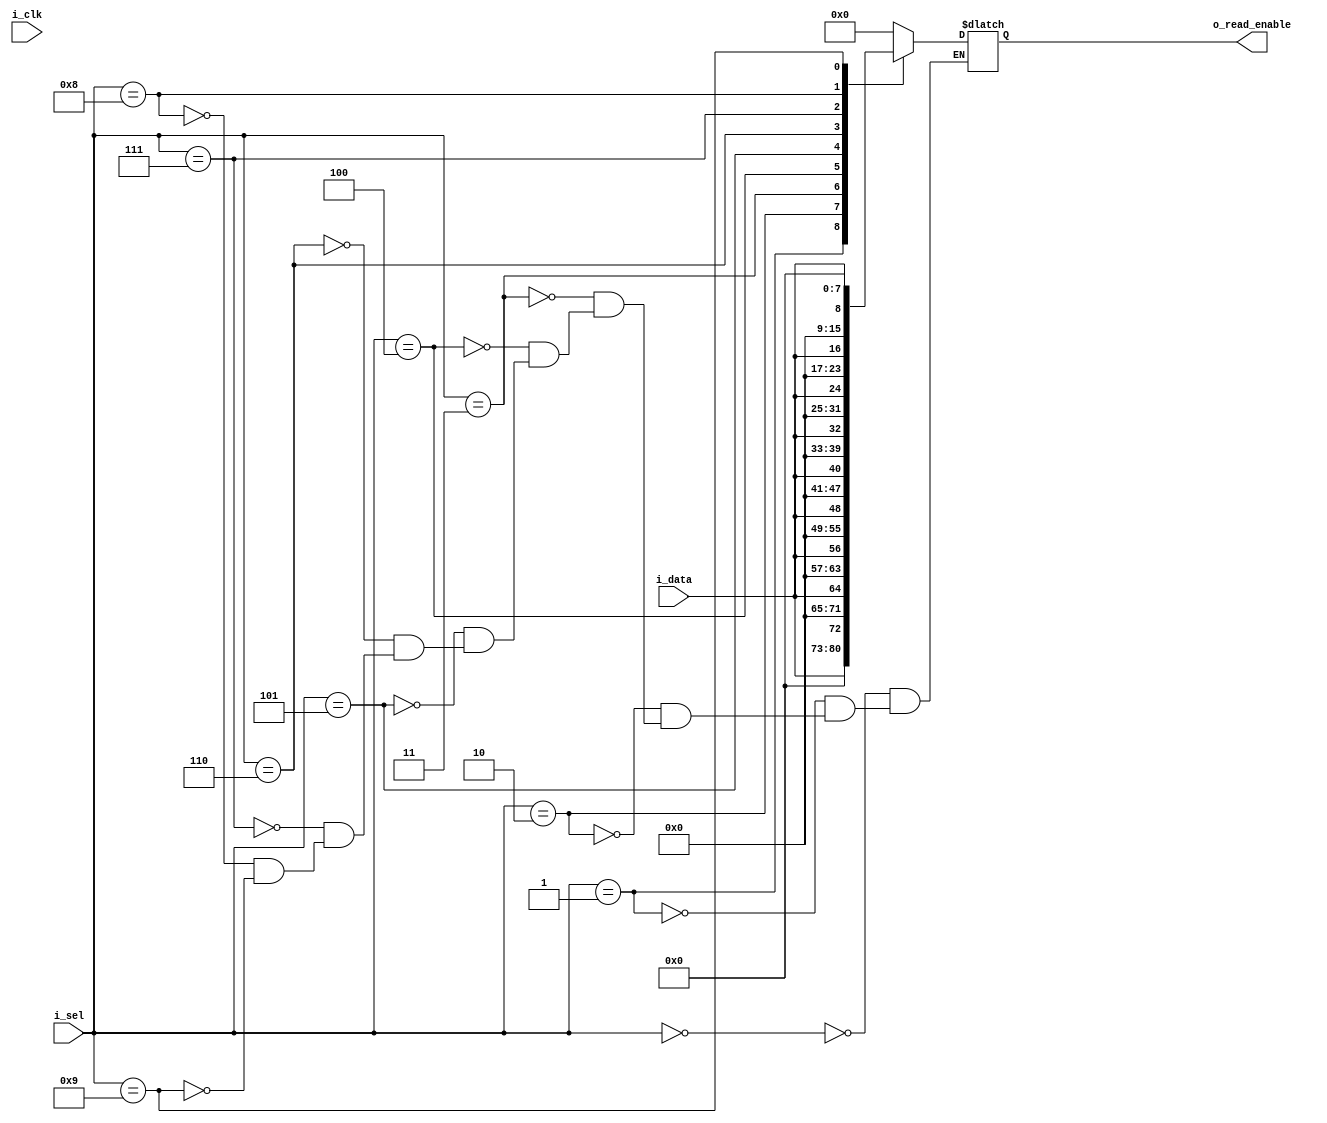
`timescale 1ns / 1ps
module row_fifo_read_en#(
    parameter ROW = 9
)(
    input i_clk,
    input i_data,
    input [3:0] i_sel,
    output [ROW-1 :0] o_read_enable
    );

    reg [ROW-1:0] rden = 0;
    assign o_read_enable = rden;

    always @(*) begin
        case(i_sel)
            0: begin
                rden <= 0;
            end

            1: begin
                rden <= {8'd0, i_data};
            end

            2: begin
                rden <= {7'd0, i_data, 1'd0};
            end

            3: begin
                rden <= {6'd0, i_data, 2'd0};
            end

            4: begin
                rden <= {5'd0, i_data, 3'd0};
            end

            5: begin
                rden <= {4'd0, i_data, 4'd0};
            end

            6: begin
                rden <= {3'd0,i_data, 5'd0};
            end

            7: begin
                rden <= {2'd0, i_data, 6'd0};
            end

            8: begin
                rden <= {1'd0,i_data, 7'd0};
            end

            9: begin
                rden <= {i_data, 8'd0};
            end
        endcase
    end
endmodule